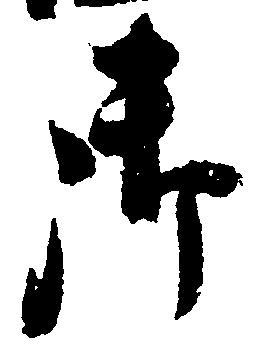
御